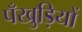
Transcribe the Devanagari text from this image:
पँखुड़ियों